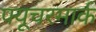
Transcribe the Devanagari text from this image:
फ्यूचरमार्क